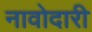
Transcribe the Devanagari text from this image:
नावोदारी